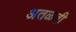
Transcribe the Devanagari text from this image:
अतळती